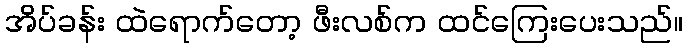
အိပ်ခန်း ထဲရောက်တော့ ဖီးလစ်က ထင်ကြေးပေးသည်။